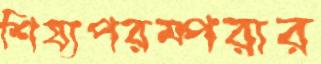
শিষ্যপরম্পরার